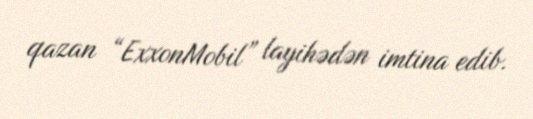
qazan “ExxonMobil” layihədən imtina edib.